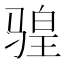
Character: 𫘩